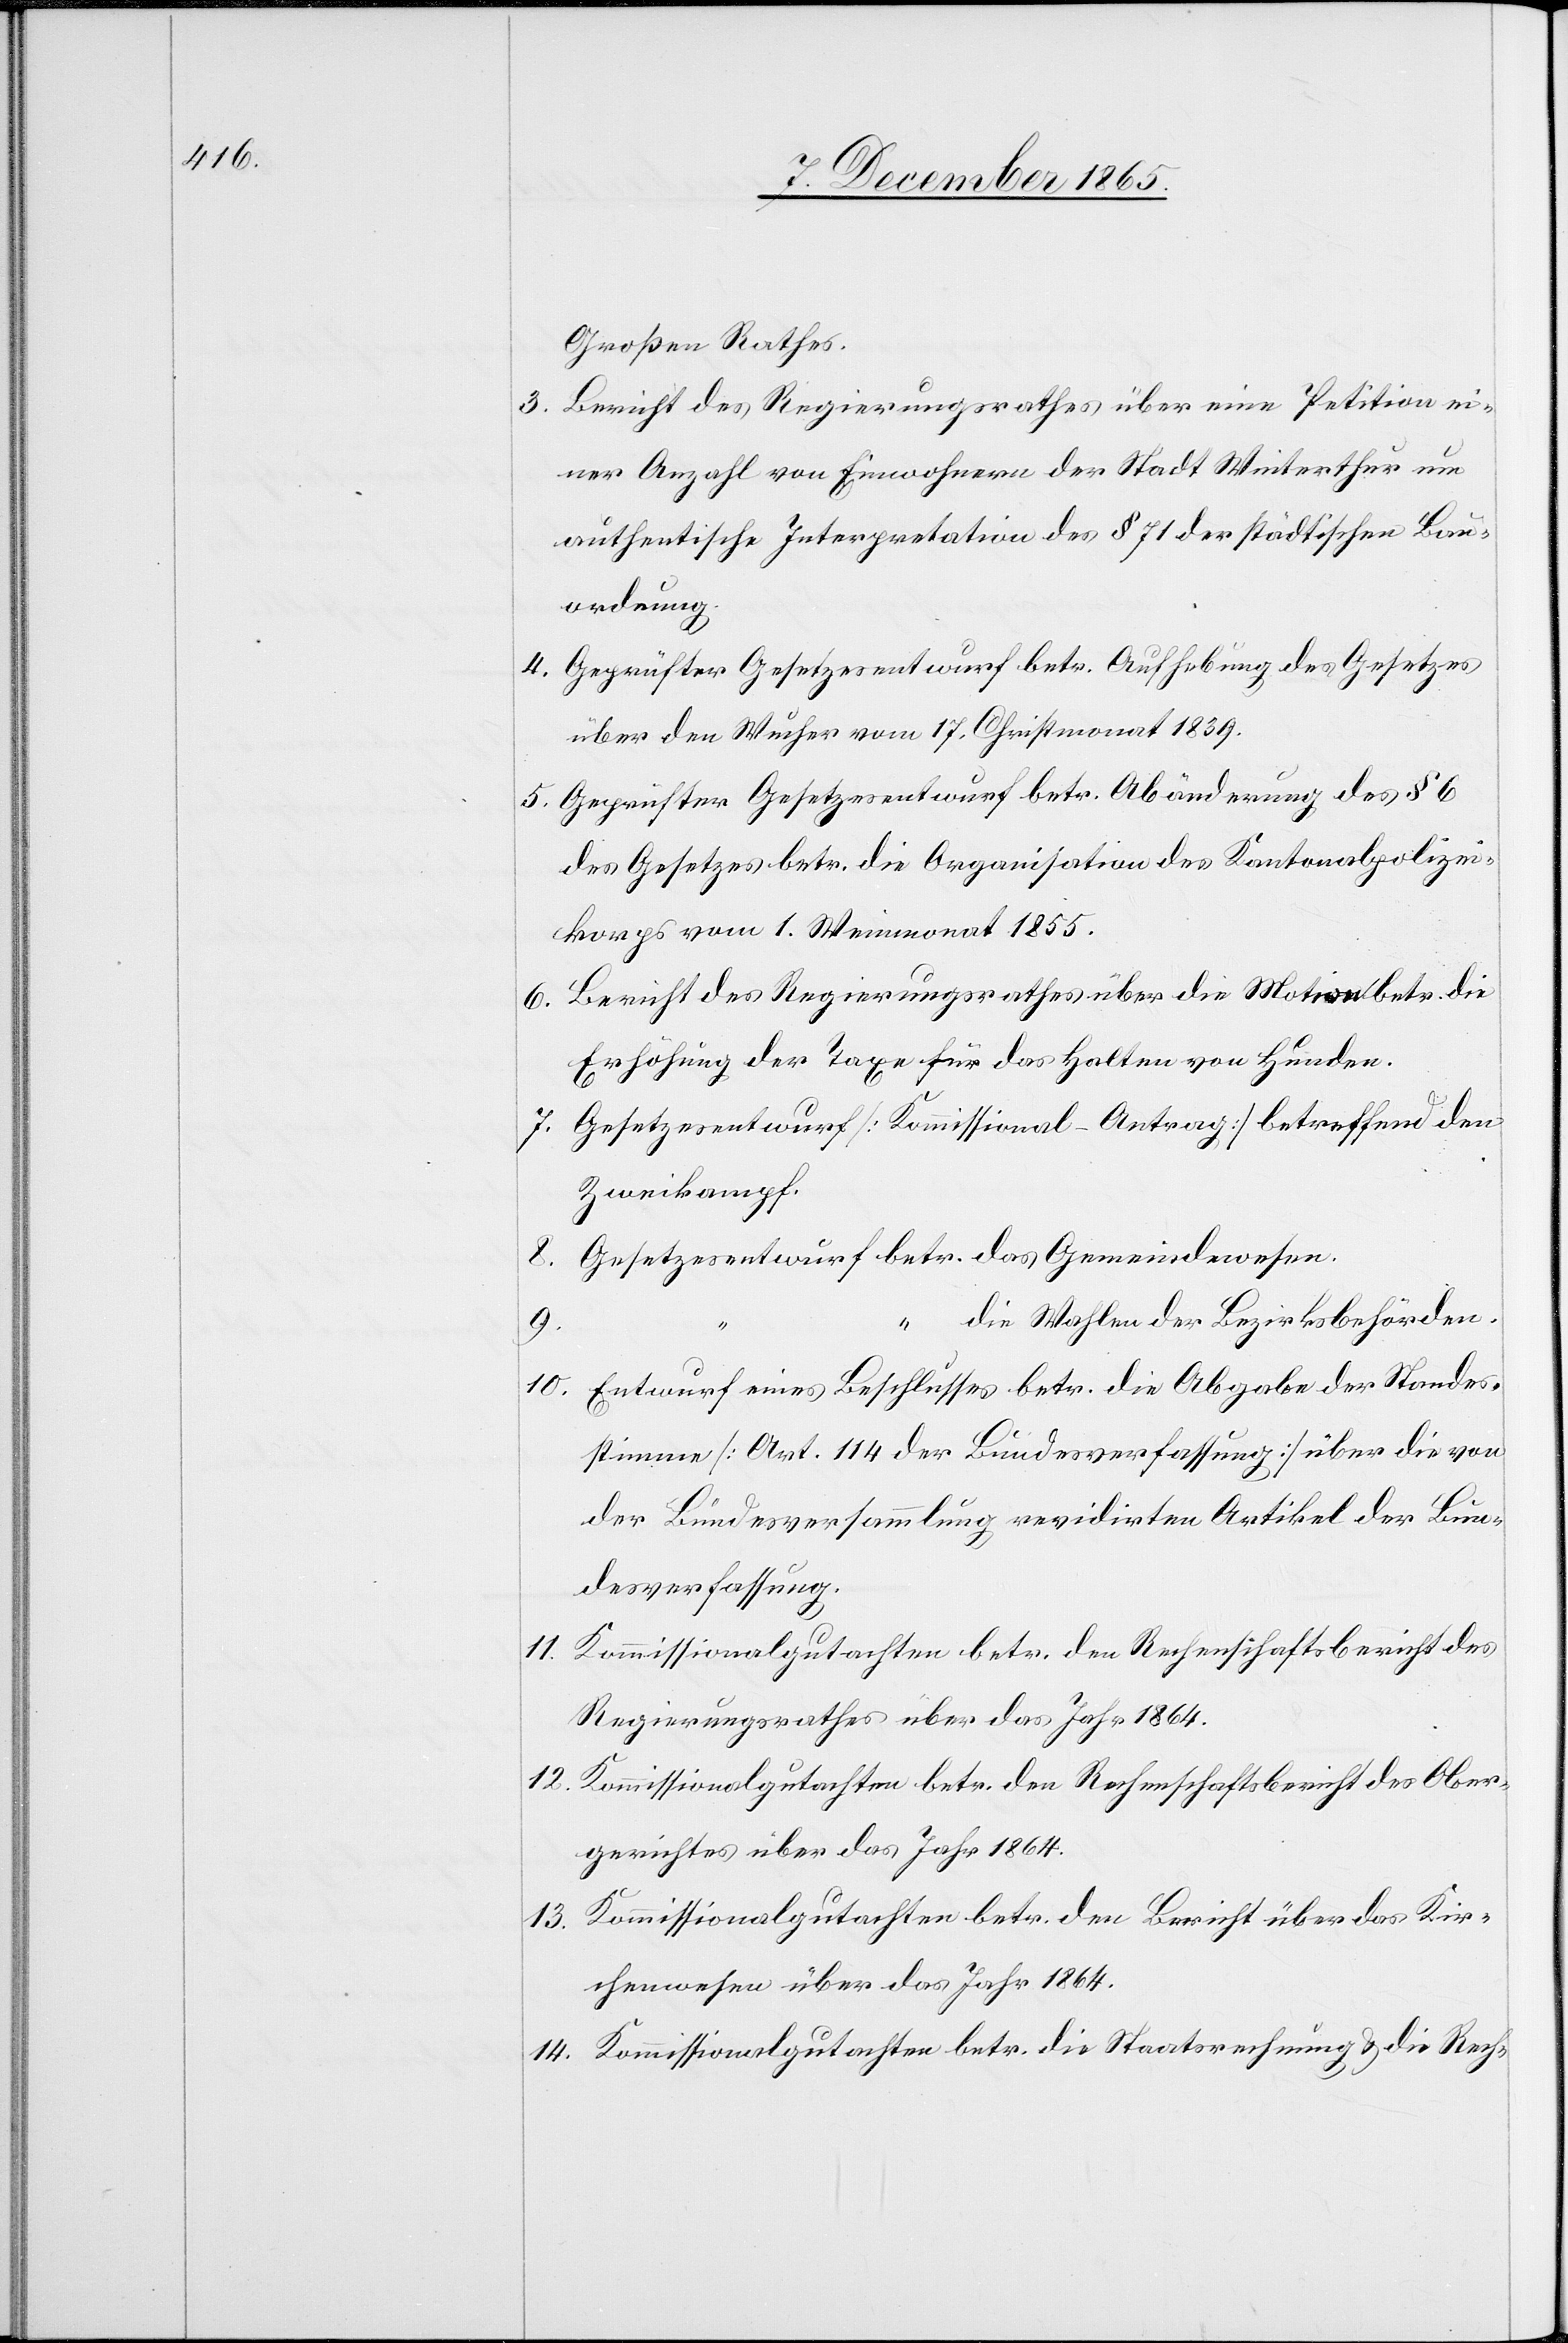
Großen Rathes.
3. Bericht des Regierungsrathes über eine Petition ei¬
ner Anzahl von Einwohnern der Stadt Winterthur um
authentische Interpretation des § 71 der städtischen Bau¬
ordnung.
4. Geprüfter Gesetzesentwurf betr. Aufhebung des Gesetzes
über den Wucher vom 17. Christmonat 1839.
5. Geprüfter Gesetzesentwurf betr. Abänderung des § 6
des Gesetzes betr. die Organisation des Kantonalpolizei¬
korps vom 1. Weinmonat 1855.
6. Bericht des Regierungsrathes über die Motion betr. die
Erhöhung der Taxe für das Halten von Hunden.
7. Gesetzesentwurf [Kommissional-Antrag] betreffend den
Zweikampf.
8.
Gesetzesentwurf betr. das Gemeindewesen.
“ die Wahlen der Bezirksbehörden.
9.
10. Entwurf eines Beschlusses betr. die Abgabe der Standes¬
stimme [Art. 114 der Bundesverfassung] über die von
der Bundesversammlung revidirten Artikel der Bun¬
desverfassung.
Kommissionalgutachten betr. den Rechenschaftsbericht des
Regierungsrathes über das Jahr 1864.
12.
Kommissionalgutachten betr. den Rechenschaftsbericht des Ober¬
gerichtes über das Jahr 1864.
13. Kommissionalgutachten betr. den Bericht über das Kir¬
chenwesen über das Jahr 1864.
14. Kommissionalgutachten betr. die Staatsrechnung & die Rech-